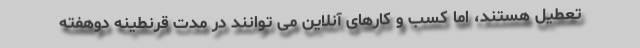
تعطیل هستند، اما کسب و کارهای آنلاین می توانند در مدت قرنطینه دوهفته